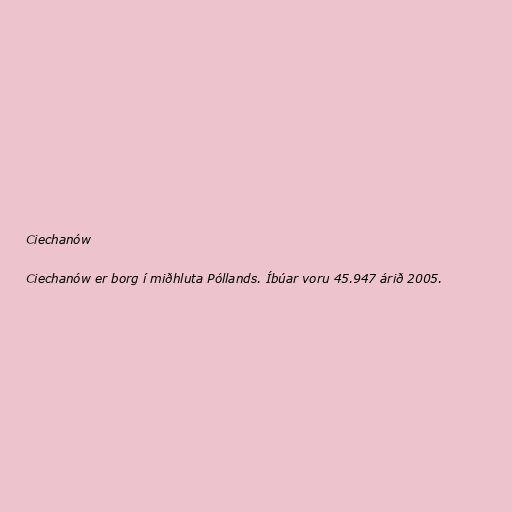
Ciechanów

Ciechanów er borg í miðhluta Póllands. Íbúar voru 45.947 árið 2005.